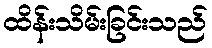
ထိန်းသိမ်းခြင်းသည်